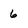
Character: 6